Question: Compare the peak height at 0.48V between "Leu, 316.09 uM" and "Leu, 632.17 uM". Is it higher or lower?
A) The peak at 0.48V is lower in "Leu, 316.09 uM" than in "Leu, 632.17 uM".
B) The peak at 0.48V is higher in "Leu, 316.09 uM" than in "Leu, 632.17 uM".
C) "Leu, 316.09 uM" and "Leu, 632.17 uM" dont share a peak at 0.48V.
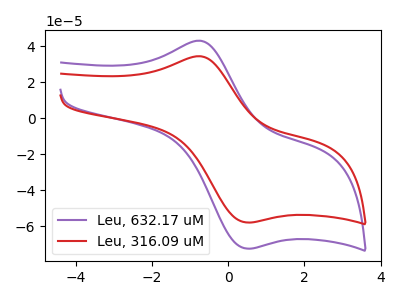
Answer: <think>The purple curve "Leu, 632.17 uM" has an anodic peak at (-0.75V, 43.00uA) and a cathodic peak at (0.50V, -72.20uA). The red curve "Leu, 316.09 uM" has an anodic peak at (-0.75V, 34.40uA) and a cathodic peak at (0.50V, -57.75uA).</think>
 <answer>A) The peak at 0.48V is lower in "Leu, 316.09 uM" than in "Leu, 632.17 uM".</answer>
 <eval>A</eval>